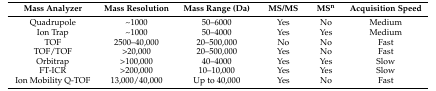
<table><thead><tr><td><b>Mass Analyzer</b></td><td><b>Mass Resolution</b></td><td><b>Mass Range (Da)</b></td><td><b>MS/MS</b></td><td><b>MS<sup>n</sup></b></td><td><b>Acquisition Speed</b></td></tr></thead><tbody><tr><td>Quadrupole</td><td>~1000</td><td>50–6000</td><td>Yes</td><td>No</td><td>Medium</td></tr><tr><td>Ion Trap</td><td>~1000</td><td>50–4000</td><td>Yes</td><td>Yes</td><td>Medium</td></tr><tr><td>TOF</td><td>2500–40,000</td><td>20–500,000</td><td>No</td><td>No</td><td>Fast</td></tr><tr><td>TOF/TOF</td><td>&gt;20,000</td><td>20–500,000</td><td>Yes</td><td>No</td><td>Fast</td></tr><tr><td>Orbitrap</td><td>&gt;100,000</td><td>40–4000</td><td>Yes</td><td>Yes</td><td>Slow</td></tr><tr><td>FT-ICR</td><td>&gt;200,000</td><td>10–10,000</td><td>Yes</td><td>Yes</td><td>Slow</td></tr><tr><td>Ion Mobility Q-TOF</td><td>13,000/40,000</td><td>Up to 40,000</td><td>Yes</td><td>No</td><td>Fast</td></tr></tbody></table>